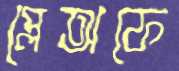
প্লেঅফে